Civil Veterinary Dept. Bombay admin report 1932-41 - 1932-1941
Year: 1932
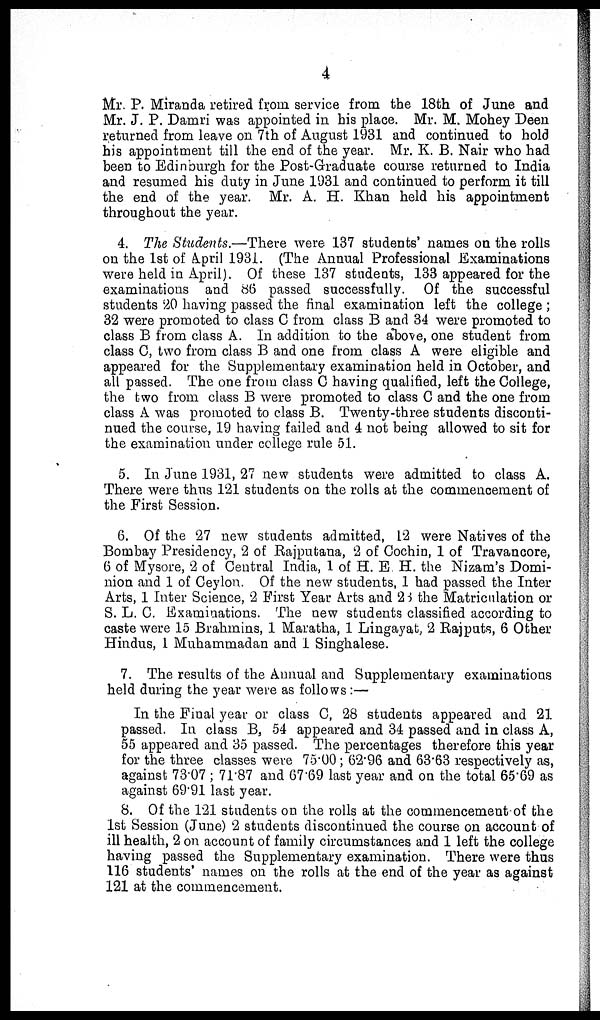
4
Mr. P. Miranda retired from service from the 18th of June and
Mr. J. P. Damri was appointed in his place. Mr. M. Mohey Deen
returned from leave on 7th of August 1931 and continued to hold
his appointment till the end of the year. Mr. K. B. Nair who had
been to Edinburgh for the Post-Graduate course returned to India
and resumed his duty in June 1931 and continued to perform it till
the end of the year. Mr. A. H. Khan held his appointment
throughout the year.
4. The Students.—There were 137 students' names on the rolls
on the 1st of April 1931. (The Annual Professional Examinations
were held in April). Of these 137 students, 133 appeared for the
examinations and 86 passed successfully. Of the successful
students 20 having passed the final examination left the college;
32 were promoted to class C from class B and 34 were promoted to
class B from class A. In addition to the above, one student from
class C, two from class B and one from class A were eligible and
appeared for the Supplementary examination held in October, and
all passed. The one from class C having qualified, left the College,
the two from class B were promoted to class C and the one from
class A was promoted to class B. Twenty-three students disconti-
nued the course, 19 having failed and 4 not being allowed to sit for
the examination under college rule 51.
5. In June 1931, 27 new students were admitted to class A.
There were thus 121 students on the rolls at the commencement of
the First Session.
6. Of the 27 new students admitted, 12 were Natives of the
Bombay Presidency, 2 of Rajputana, 2 of Cochin, 1 of Travancore,
6 of Mysore, 2 of Central India, 1 of H. E. H. the Nizam's Domi-
nion and 1 of Ceylon. Of the new students, 1 had passed the Inter
Arts, 1 Inter Science, 2 First Year Arts and 23 the Matriculation or
S. L. C. Examinations. The new students classified according to
caste were 15 Brahmins, 1 Maratha, 1 Lingayat, 2 Rajputs, 6 Other
Hindus, 1 Muhammadan and 1 Singhalese.
7. The results of the Annual and Supplementary examinations
held during the year were as follows :—
In the Final year or class C, 28 students appeared and 21
passed. In class B, 54 appeared and 34 passed and in class A,
55 appeared and 35 passed. The percentages therefore this year
for the three classes were 75.00; 62.96 and 63.63 respectively as,
against 73.07; 71.87 and 67.69 last year and on the total 65.69 as
against 69.91 last year.
8. Of the 121 students on the rolls at the commencement of the
1st Session (June) 2 students discontinued the course on account of
ill health, 2 on account of family circumstances and 1 left the college
having passed the Supplementary examination. There were thus
116 students' names on the rolls at the end of the year as against
121 at the commencement.